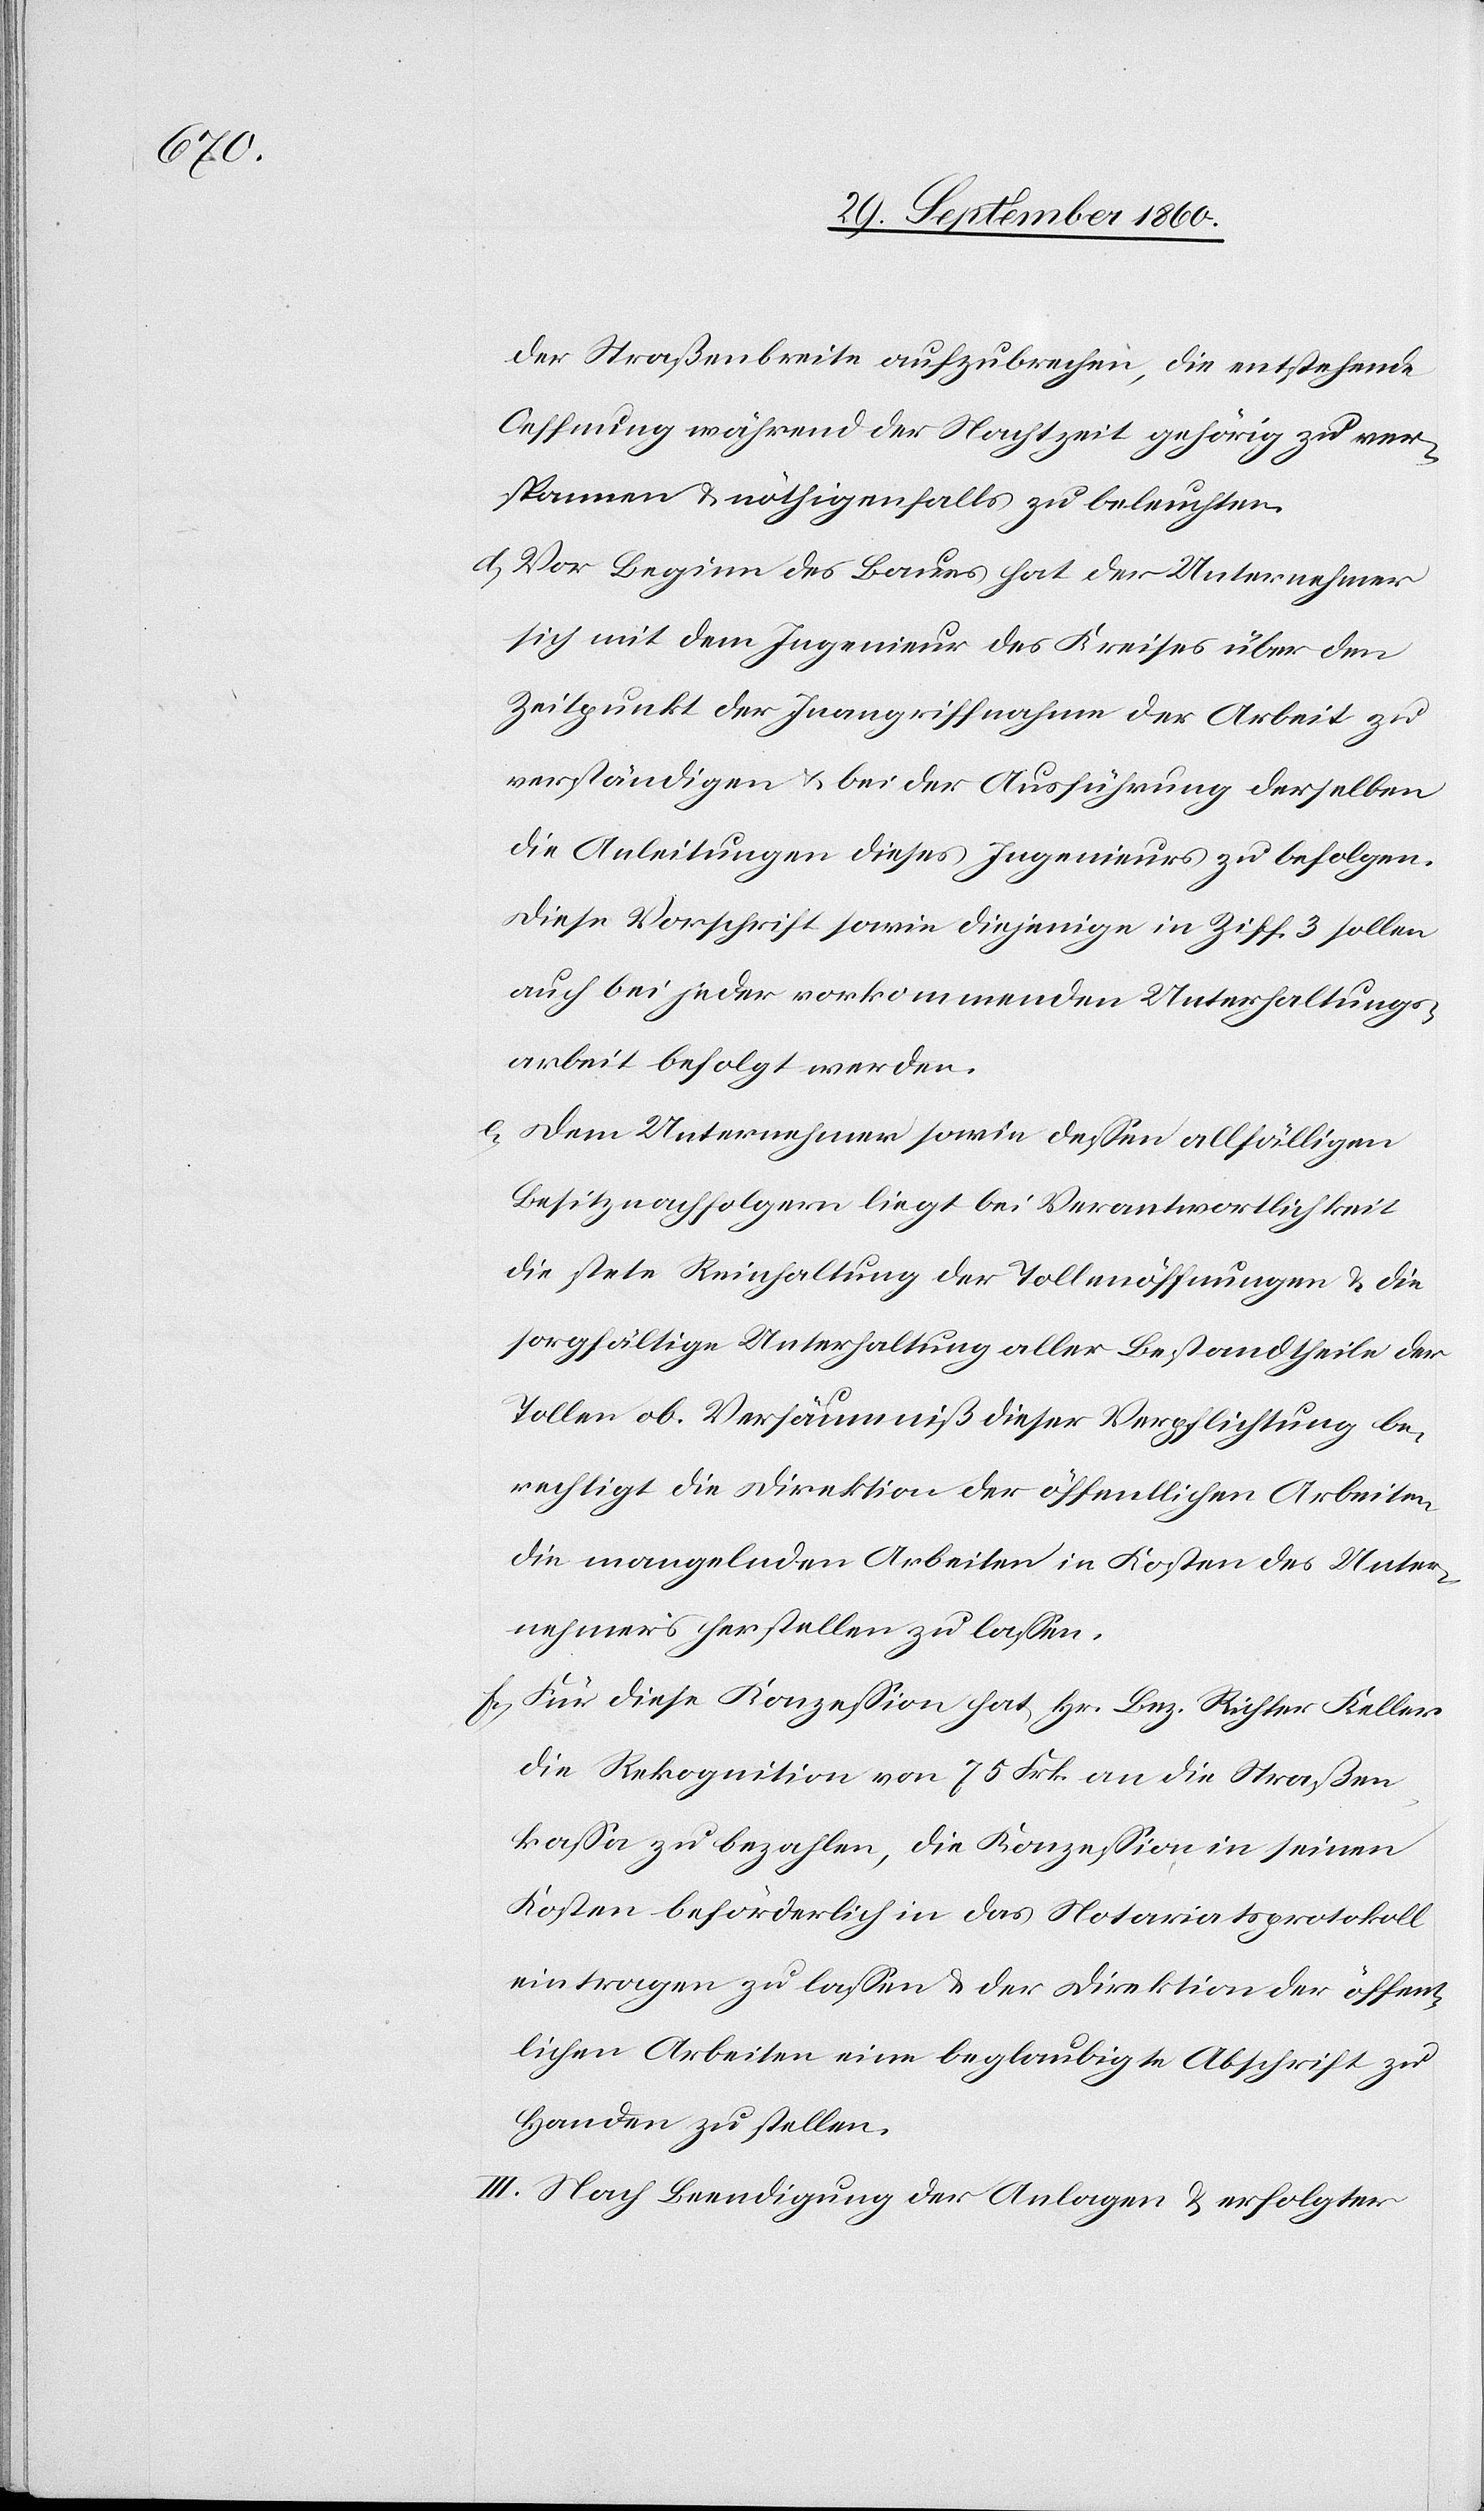
der Straßenbreite aufzubrechen, die entstehende
Oeffnung während der Nachtzeit gehörig zu ver¬
spannen u. nöthigenfalls zu beleuchten.
d. Vor Beginn des Baues hat der Unternehmer
sich mit dem Ingenieur des Kreises über den
Zeitpunkt der Inangriffnahme der Arbeit zu
verständigen u. bei der Ausführung derselben
die Anleitungen dieses Ingenieurs zu befolgen.
Diese Vorschrift sowie diejenige in Ziff. 3 sollen
auch bei jeder vorkommenden Unterhaltungs¬
arbeit befolgt werden.
e. Dem Unternehmen sowie dessen allfälligen
Besitznachfolgern liegt bei Verantwortlichkeit
die stete Reinhaltung der Tollenöffnungen u. die
sorgfältige Unterhaltung aller Bestandtheile der
Tollen ob. Versäumniß dieser Verpflichtung be¬
rechtigt die Direktion der öffentlichen Arbeiten,
die mangelnden Arbeiten in Kosten des Unter¬
nehmens herstellen zu lassen.
f. Für diese Konzession hat Hr. Bez. Richter Keller
die Rekognition von 75 Frk. an die Straßen¬
kassa zu bezahlen, die Konzession in seinen
Kosten beförderlich in das Notariatsprotokoll
eintragen zu lassen u. der Direktion der öffent¬
lichen Arbeiten eine beglaubigte Abschrift zu
Handen zu stellen.
III. Nach Beendigung der Anlagen u. erfolgter